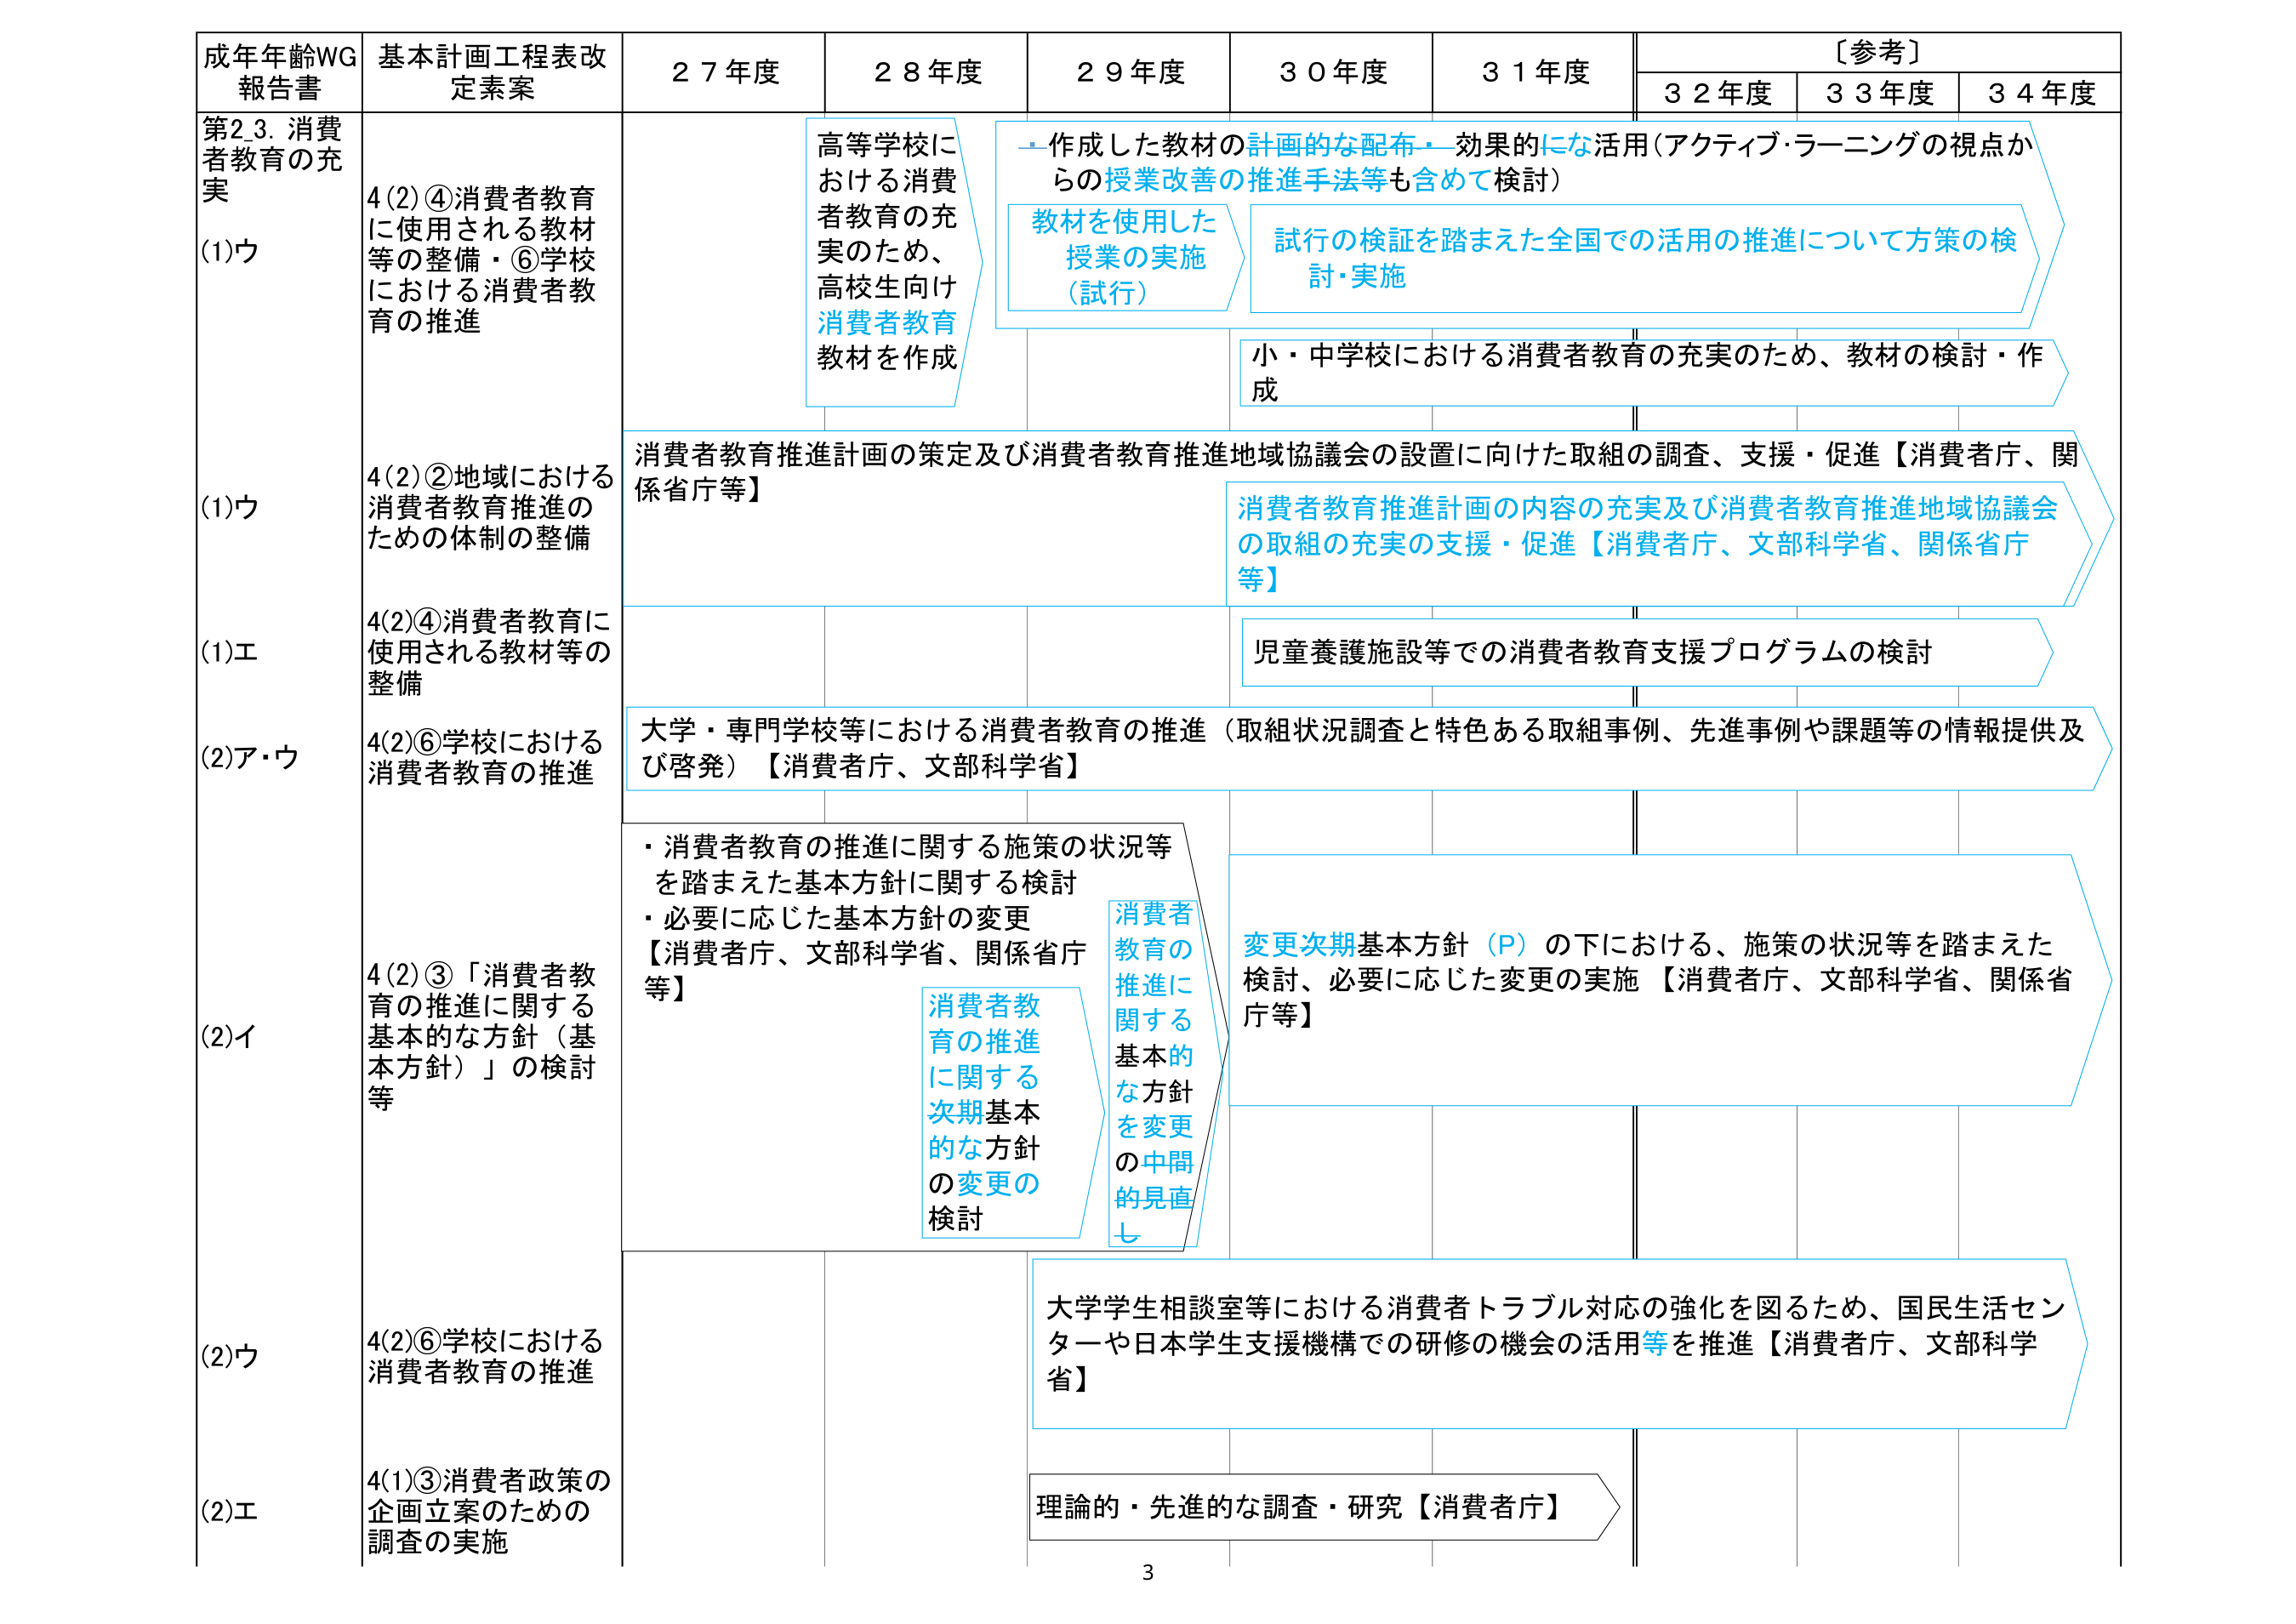
成年年齢WG
報告書

基本計画工程表改定素案

２７年度
２８年度
２９年度
３０年度
３１年度
〔参考〕
３２年度
３３年度
３４年度

第2.3. 消費者教育の充実
(1)ウ
4(2)④消費者教育に使用される教材等の整備・⑥学校における消費者教育の推進

高等学校における消費者教育の充実のため、高校生向け消費者教育教材を作成

作成した教材の計画的な配布・効果的な活用（アクティブ・ラーニングの視点からの授業改善の推進手法等も含めて検討）

教材を使用した授業の実施（試行）

試行の検証を踏まえた全国での活用の推進について方策の検討・実施

小・中学校における消費者教育の充実のため、教材の検討・作成

(1)ウ
4(2)②地域における消費者教育推進のための体制の整備

消費者教育推進計画の策定及び消費者教育推進地域協議会の設置に向けた取組の調査、支援・促進【消費者庁、関係省庁等】

消費者教育推進計画の内容の充実及び消費者教育推進地域協議会の取組の充実の支援・促進【消費者庁、文部科学省、関係省庁等】

(1)エ
4(2)④消費者教育に使用される教材等の整備

児童養護施設等での消費者教育支援プログラムの検討

(2)ア・ウ
4(2)⑥学校における消費者教育の推進

大学・専門学校等における消費者教育の推進（取組状況調査と特色ある取組事例、先進事例や課題等の情報提供及び啓発）【消費者庁、文部科学省】

(2)イ
4(2)③「消費者教育の推進に関する基本的な方針（基本方針）」の検討等

・消費者教育の推進に関する施策の状況等を踏まえた基本方針に関する検討
・必要に応じた基本方針の変更
【消費者庁、文部科学省、関係省庁等】

消費者教育の推進に関する次期基本的な方針の変更の検討

消費者教育の推進に関する基本的な方針を変更の中間的見直し

変更次期基本方針（P）の下における、施策の状況等を踏まえた検討、必要に応じた変更の実施【消費者庁、文部科学省、関係省庁等】

(2)ウ
4(2)⑥学校における消費者教育の推進

大学学生相談室等における消費者トラブル対応の強化を図るため、国民生活センターや日本学生支援機構での研修の機会の活用等を推進【消費者庁、文部科学省】

(2)エ
4(1)③消費者政策の企画立案のための調査の実施

理論的・先進的な調査・研究【消費者庁】

3